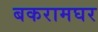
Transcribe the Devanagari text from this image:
बकरामघर